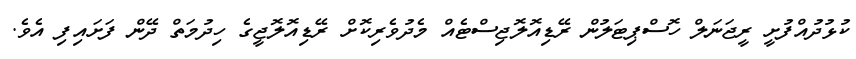
ކުޅުދުއްފުށީ ރީޖަނަލް ހޮސްޕިޓަލުން ރޭޑިއޮލޮޖިސްޓެއް މެދުވެރިކޮށް ރޭޑިއޮލޮޖީގެ ހިދުމަތް ދޭން ފަށައިފި އެވެ.